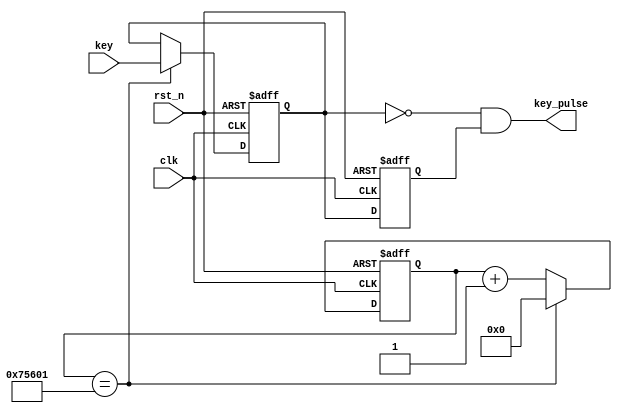
module debounce 
#(
	parameter  N         =  2,
	parameter  CNT_20MS  =  19'h75601//?3?24MHz?a?20ms??
)
(
	input	wire         clk,
	input	wire         rst_n,
	// key
	input   wire [N-1:0] key,
	output	wire [N-1:0] key_pulse
); 
  
reg [18:0]	cnt; //2??????y???3?24MHz?a?20ms??   

always@(posedge clk or negedge rst_n)
begin
     if(!rst_n)
          cnt <= 0;
     else if(cnt == CNT_20MS)
          cnt <= 0;
     else
          cnt <= cnt + 1'h1;
end  

reg [N-1:0] key_sec_pre;                
reg [N-1:0] key_sec;                      

always@(posedge clk  or  negedge rst_n)
begin
     if(!rst_n) 
         key_sec <= {N{1'b1}};                
     else if(cnt == CNT_20MS)
         key_sec <= key;  
end

always@(posedge clk  or  negedge rst_n)
begin
     if(!rst_n)
         key_sec_pre <= {N{1'b1}};
     else                   
         key_sec_pre <= key_sec;             
end  
    
assign  key_pulse = ~key_sec & key_sec_pre ;     
 
endmodule